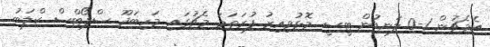
އެމެޗުން 1-0 ލަނޑުން ޓީސީ މޮޅުވިއިރު ފުރަތަމަ މެޗުގައި މަހިބަދޫ ސްޕޯޓްސް ކްލަބު